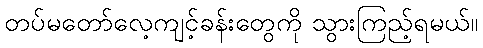
တပ်မတော်လေ့ကျင့်ခန်းတွေကို သွားကြည့်ရမယ်။